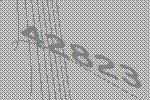
42823